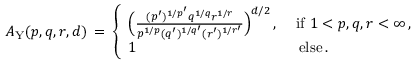
A _ { \mathrm { Y } } ( p , q , r , d ) \, = \, \left\{ \begin{array} { l l } { \Big ( \frac { ( p ^ { \prime } ) ^ { 1 / p ^ { \prime } } q ^ { 1 / q } r ^ { 1 / r } } { p ^ { 1 / p } ( q ^ { \prime } ) ^ { 1 / q ^ { \prime } } ( r ^ { \prime } ) ^ { 1 / r ^ { \prime } } } \Big ) ^ { d / 2 } \, , } & { \mathrm { \ i f \ } 1 < p , q , r < \infty \, , } \\ { 1 } & { \, \mathrm { \ e l s e } \, . } \end{array} \right.